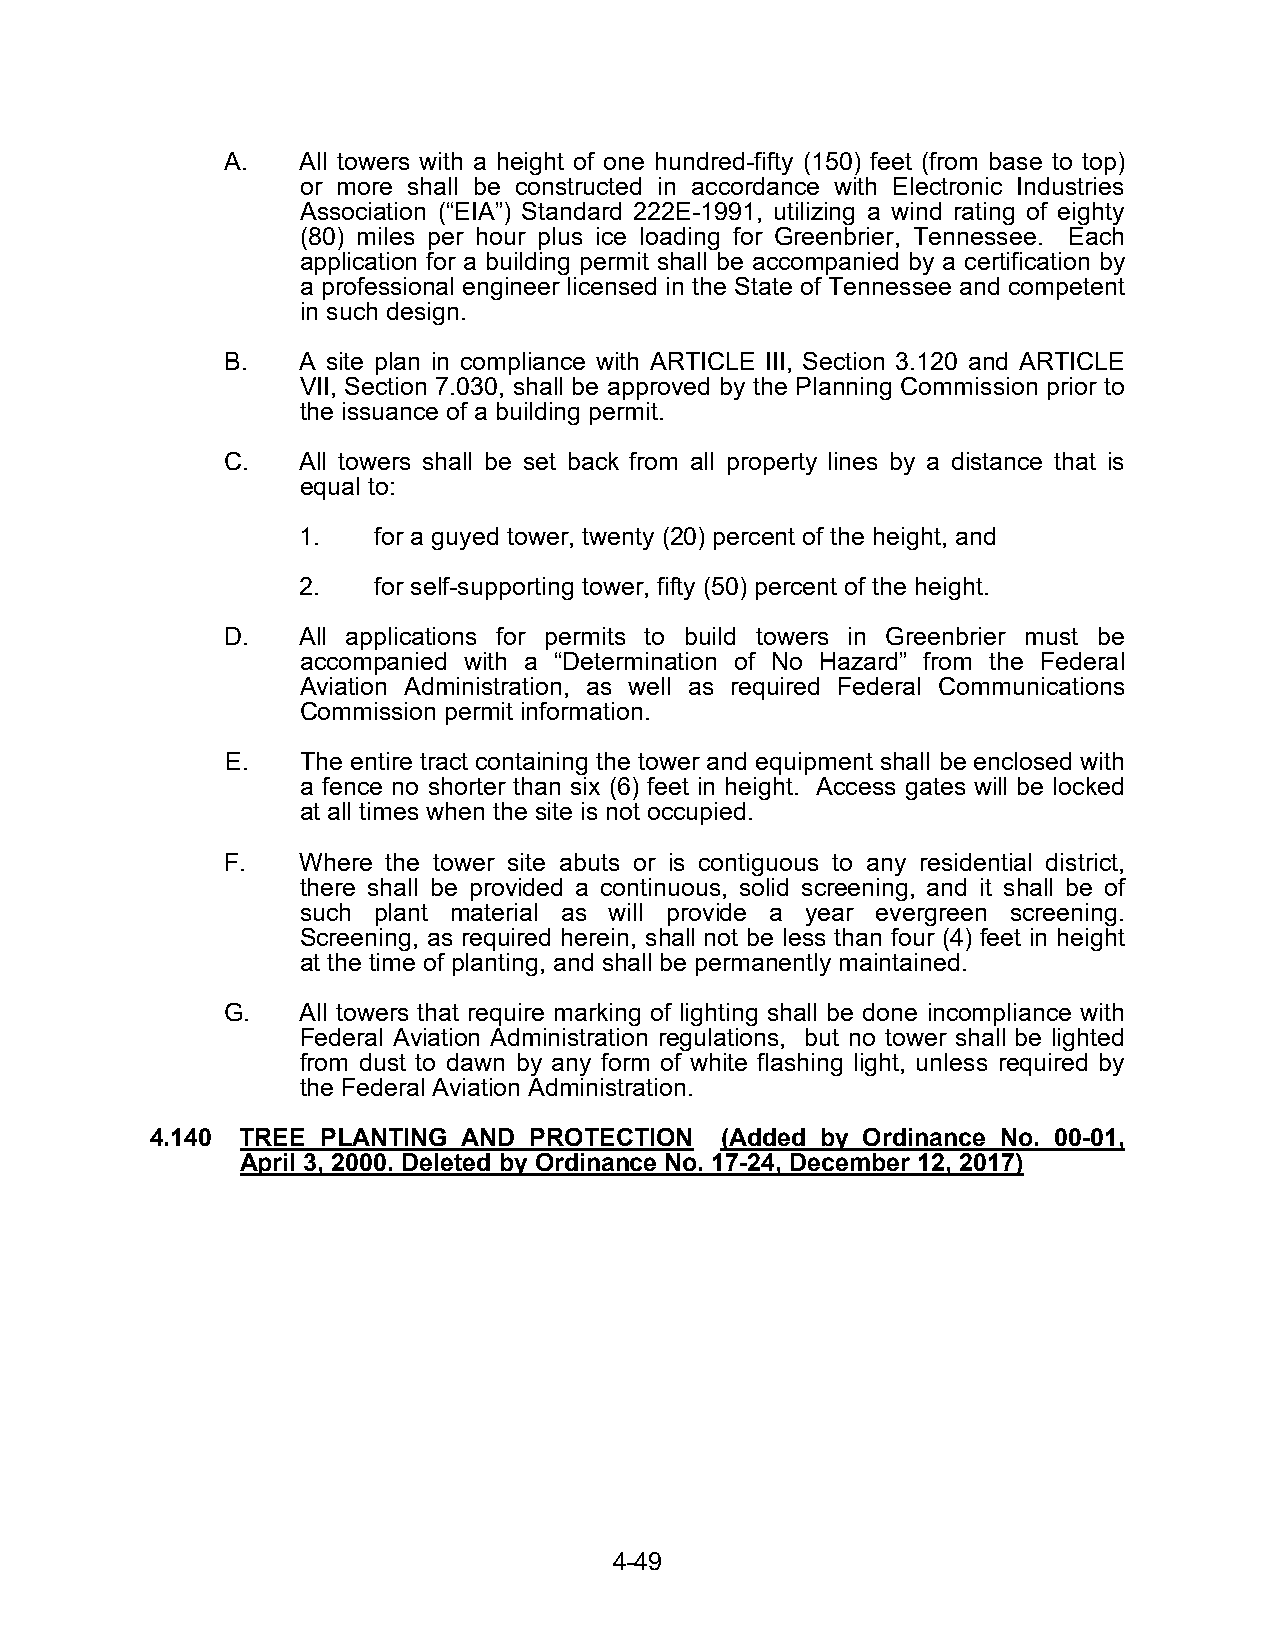
A.   All towers with a height of one hundred-fifty (150) feet (from base to top)
 or more shall be constructed in accordance with Electronic Industries
 Association (“EIA”) Standard 222E-1991, utilizing a wind rating of eighty
 (80) miles per hour plus ice loading for Greenbrier, Tennessee. Each
 application for a building permit shall be accompanied by a certification by
 a professional engineer licensed in the State of Tennessee and competent
 in such design.
 B.   A site plan in compliance with ARTICLE III, Section 3.120 and ARTICLE
 VII, Section 7.030, shall be approved by the Planning Commission prior to
 the issuance of a building permit.
 C.   All towers shall be set back from all property lines by a distance that is
 equal to:
 1.   for a guyed tower, twenty (20) percent of the height, and
 2.   for self-supporting tower, fifty (50) percent of the height.
 D.   All applications for permits to build towers in Greenbrier must be
 accompanied with a “Determination of No Hazard” from the Federal
 Aviation Administration, as well as required Federal Communications
 Commission permit information.
 E.   The entire tract containing the tower and equipment shall be enclosed with
 a fence no shorter than six (6) feet in height. Access gates will be locked
 at all times when the site is not occupied.
 F.   Where the tower site abuts or is contiguous to any residential district,
 there shall be provided a continuous, solid screening, and it shall be of
 such plant material as will provide a year evergreen screening.
 Screening, as required herein, shall not be less than four (4) feet in height
 at the time of planting, and shall be permanently maintained.
 G.   All towers that require marking of lighting shall be done incompliance with
 Federal Aviation Administration regulations, but no tower shall be lighted
 from dust to dawn by any form of white flashing light, unless required by
 the Federal Aviation Administration.
 4.140 TREE PLANTING  AND PROTECTION   (Added by Ordinance No. 00-01,
 April 3, 2000. Deleted by Ordinance No. 17-24, December 12, 2017)
 4-49